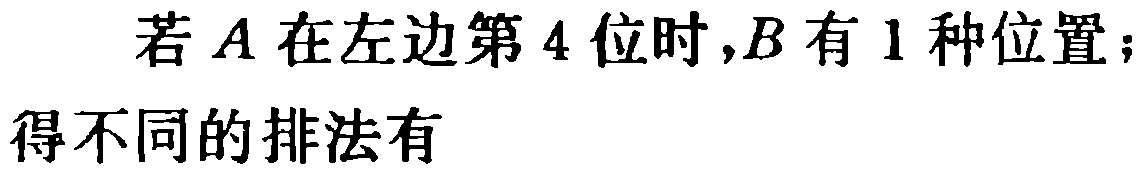
若 \(A\) 在左边第 \(4\) 位时,\(B\) 有 \(1\) 种位置；得不同的排法有